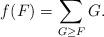
LaTeX: \begin{align*}f(F)=\sum_{G\ge F}G.\end{align*}